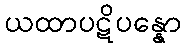
ယထာပဋိပန္နော